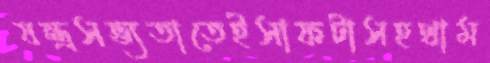
যন্ত্রসভ্যতাতেইসাফটাসহথাম